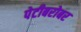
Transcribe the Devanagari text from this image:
पेटीबरोबर